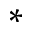
^ *